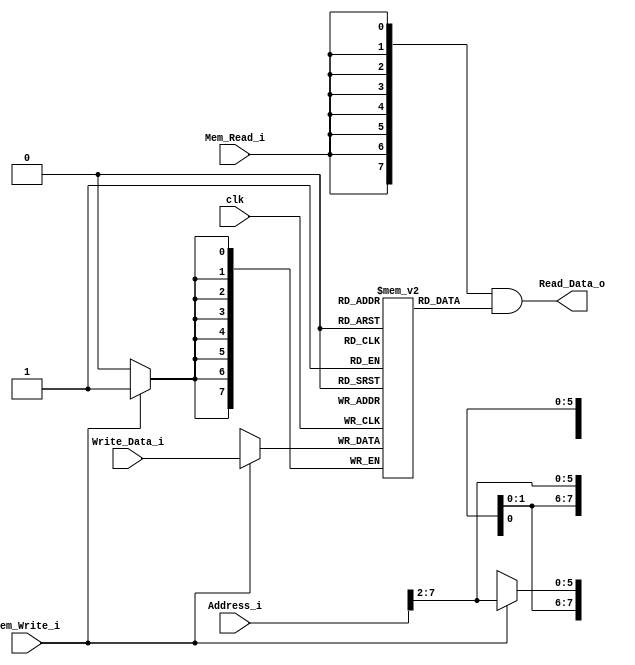
/******************************************************************
* Description
*	This is the data memory for the RISC-V processor
*	1.0
* Author:
*	Dr. Jos Luis Pizano Escalante
* email:
*	luispizano@iteso.mx
* Date:
*	16/08/2021
******************************************************************/

module Data_Memory 
#(	parameter DATA_WIDTH = 8,
	parameter MEMORY_DEPTH = 256//se necesitan 256 espacios de memoria

)
(
	input clk,
	input Mem_Write_i,
	input Mem_Read_i,
	input [DATA_WIDTH-1:0] Write_Data_i,
	input [DATA_WIDTH-1:0]  Address_i,

	output  [DATA_WIDTH-1:0]  Read_Data_o
);
	
wire [DATA_WIDTH-1 : 0] real_address;	

assign real_address = {2'b0, Address_i[15:2]};
	
	// Declare the RAM variable
	reg [DATA_WIDTH-1:0] ram[MEMORY_DEPTH-1:0];
	wire [DATA_WIDTH-1:0] read_data_aux;

	always @ (posedge clk)
	begin
		// Write
		if (Mem_Write_i)
			ram[real_address] <= Write_Data_i;
	end
	
	assign read_data_aux = ram[real_address];
	
  	assign Read_Data_o = { DATA_WIDTH { Mem_Read_i } } & read_data_aux;

endmodule